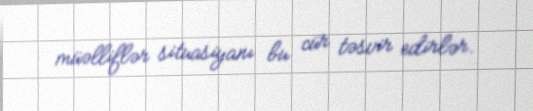
müəlliflər situasiyanı bu cür təsvir edirlər.